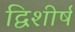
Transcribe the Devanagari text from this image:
द्विशीर्ष